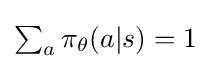
{\textstyle \sum _{a}\pi _{\theta }(a|s)=1}